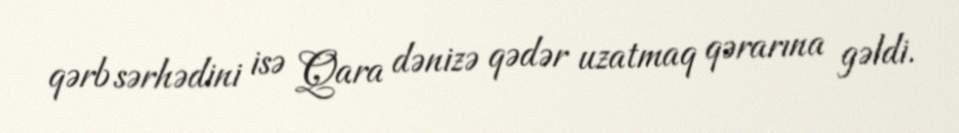
qərb sərhədini isə Qara dənizə qədər uzatmaq qərarına gəldi.